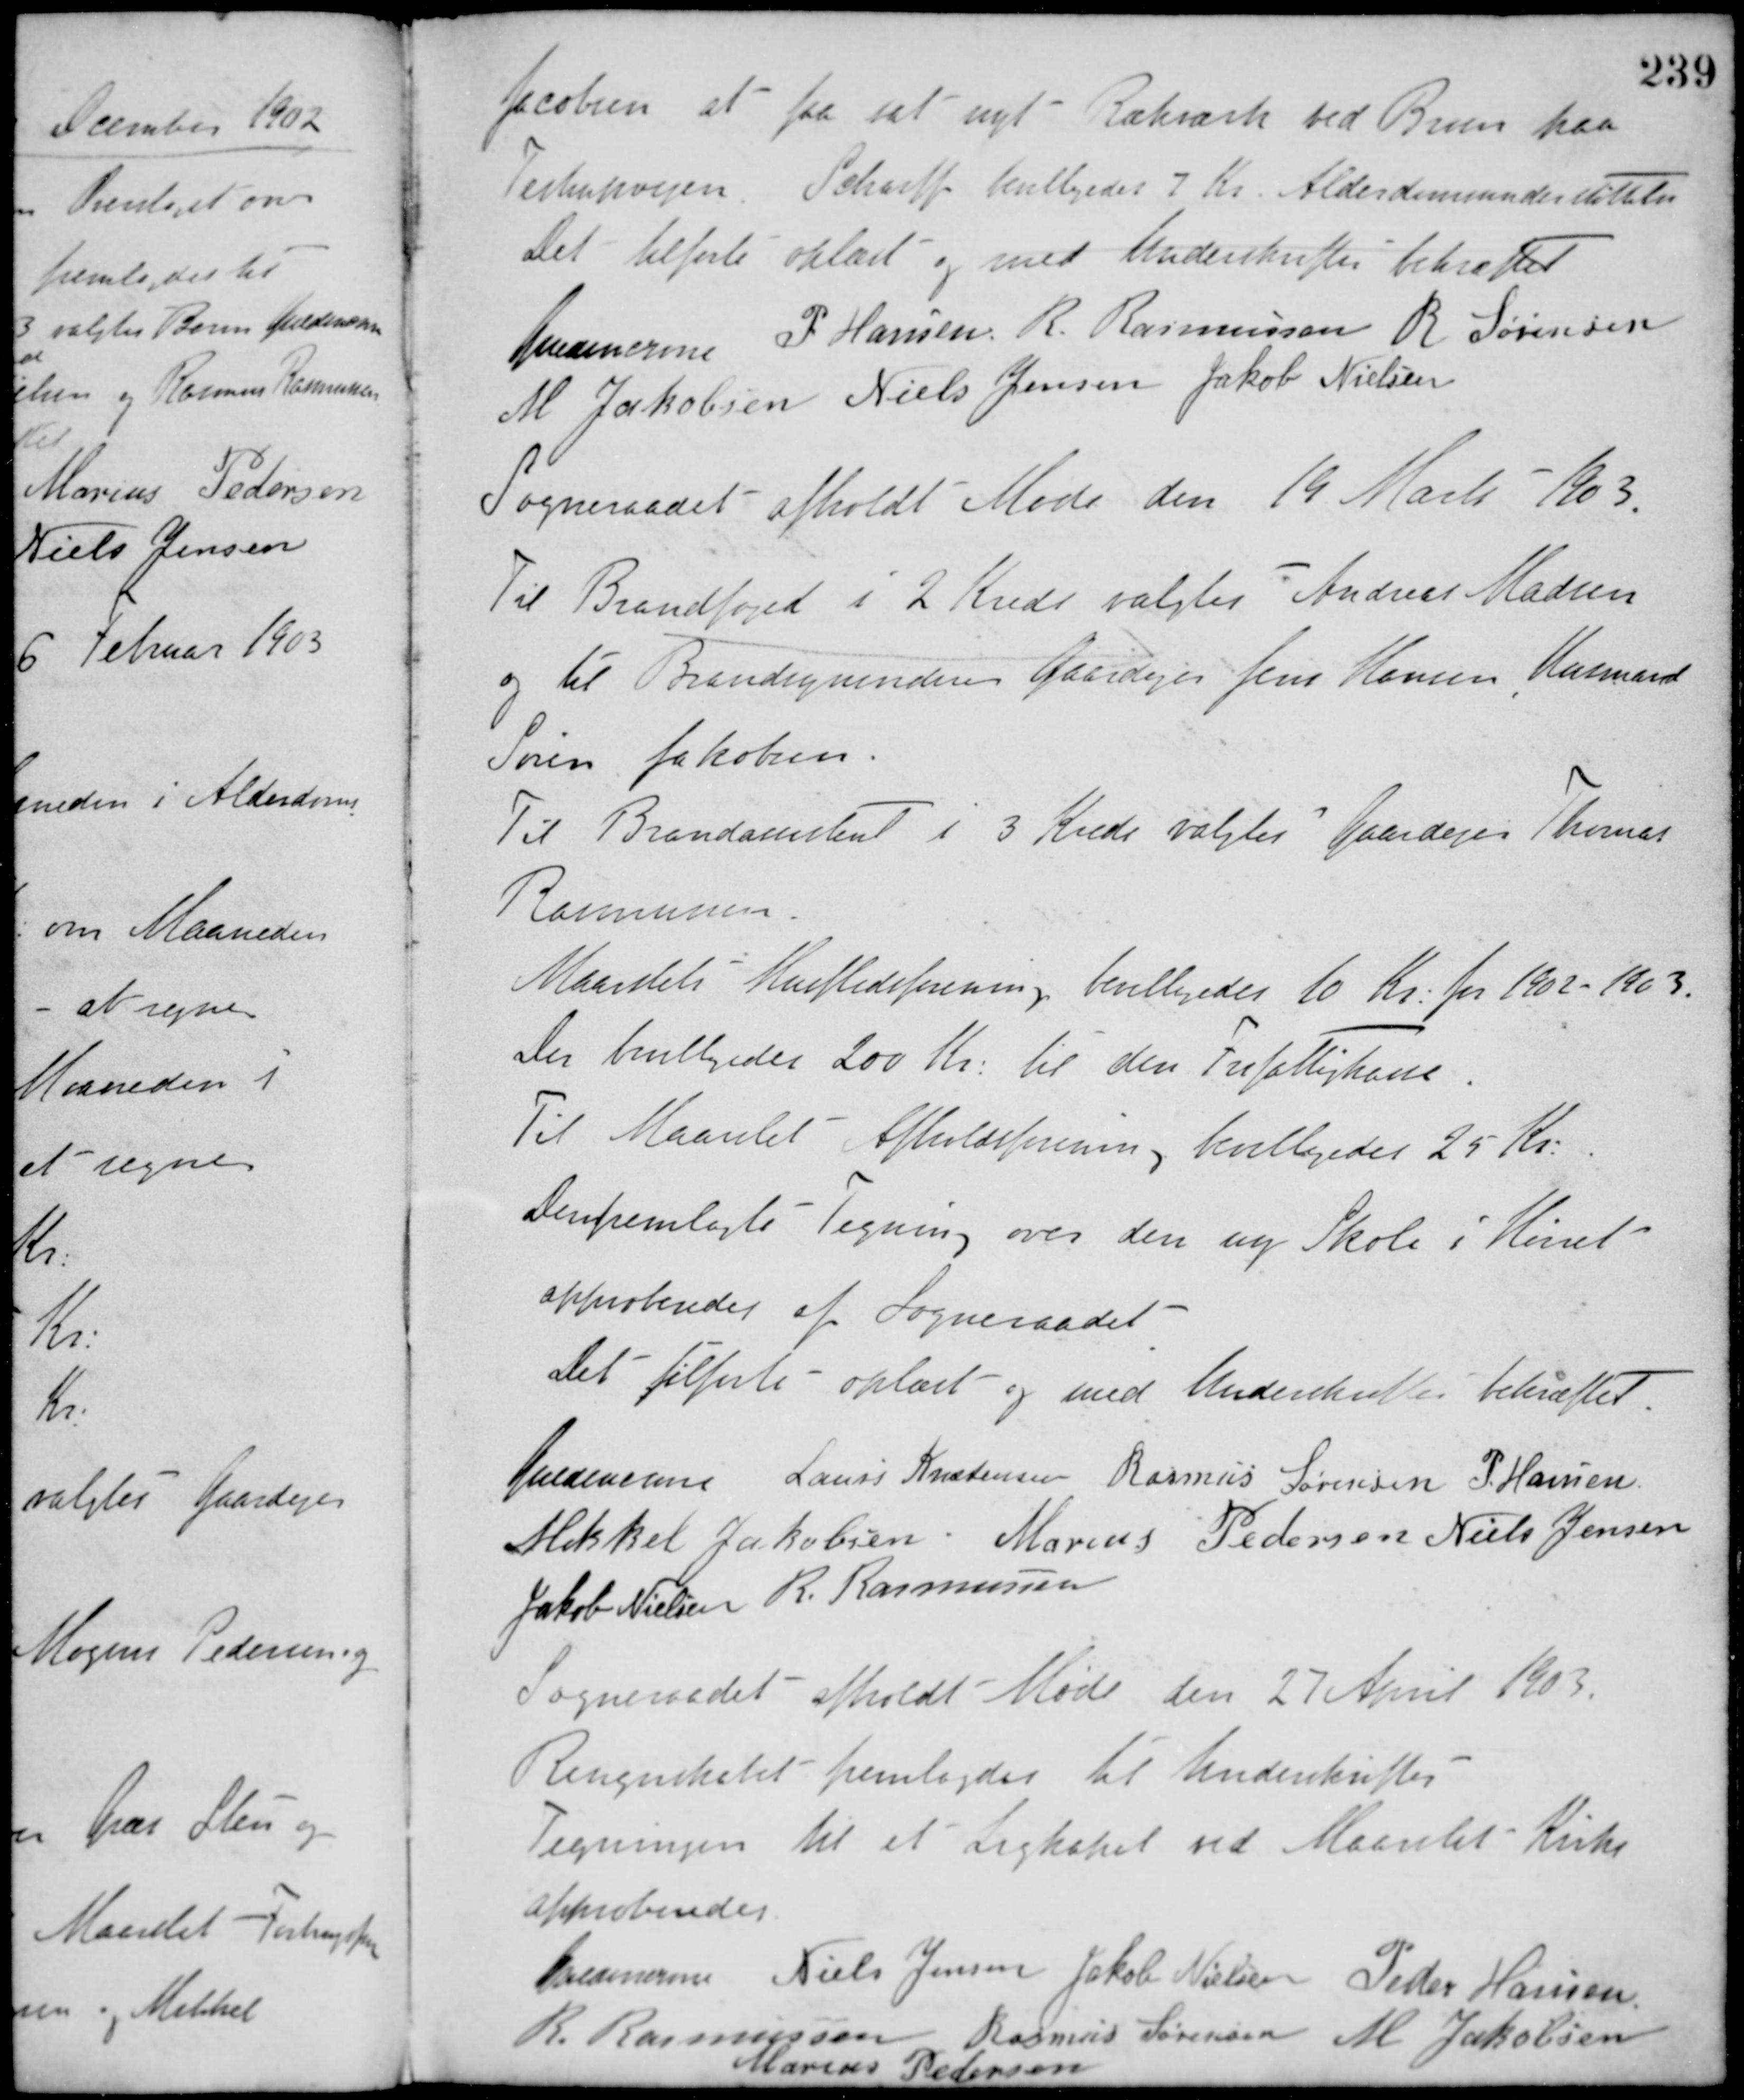
Transskription:
Jacobsen at faa sat nyt Rækværk ved Broen paa
Testrupvejen. Scharff bevilgedes 7 Kr. Alderdomsunderstøttelse.
Det tilførte oplæst og med Underskrifter bekræftet
Guldencrone P. Hansen R. Rasmussen R. Sørensen
M. Jakobsen Niels Jensen Jakob Nielsen
Sogneraadet afholdt Møde den 19 Marts 1903.
Til Brandfoged i 2 Kreds valgtes Andreas Madsen
og til Brandsynsvidner Gaardejer Jens Hansen, Husmand
Søren Jakobsen.
Til Brandassistent i 3 Kreds valgtes Gaardejer Thomas
Rasmussen.
Maarslets Husflidsforening bevilligedes 10 Kr. for 1902-1903.
Der bevilligedes 200 Kr. til den Frifattigkasse.
Til Maarslet Afholdsforening bevilligedes 25 Kr.
Den fremlagte Tegning over den ny Skole i Hørret
approberedes af Sogneraadet.
Det tilførte oplæst og med Underskrifter bekræftet
Guldencrone Laurs Kristensen Rasmus Sørensen P. Hansen
Mikkel Jakobsen Marius Pedersen Niels Jensen
Jakob Nielsen R. Rasmussen
Sogneraadet afholdt Møde den 27 April 1903.
Regnskabet fremlagdes til Underskrifter.
Tegningen til et Ligkapel ved Maarslet Kirke
approberedes.
Guldencrone Niels Jensen Jakob Nielsen Peder Hansen
R. Rasmussen Rasmus Sørensen M. Jakobsen
Marius Pedersen